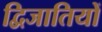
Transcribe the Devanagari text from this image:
द्विजातियों